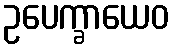
ဥပေက္ခာယေဝ